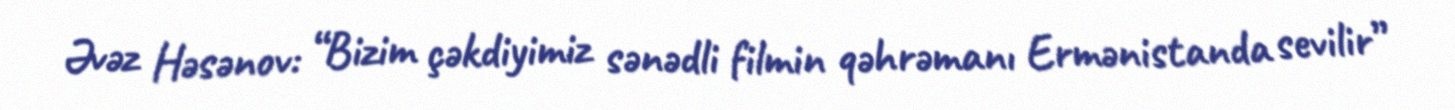
Əvəz Həsənov: “Bizim çəkdiyimiz sənədli filmin qəhrəmanı Ermənistanda sevilir”